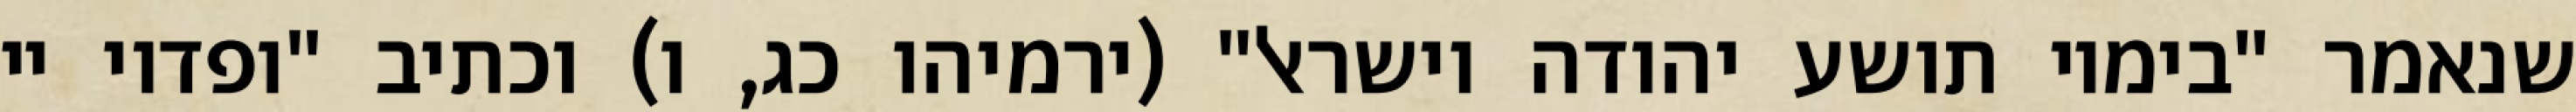
שנאמר "בימיו תושע יהודה וישראל" (ירמיהו כג, ו) וכתיב "ופדוי יי